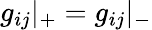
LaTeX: g_{ij}{\vert}_{+}=g_{ij}{\vert}_{-}